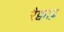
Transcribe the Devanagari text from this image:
रैक्वाढ़